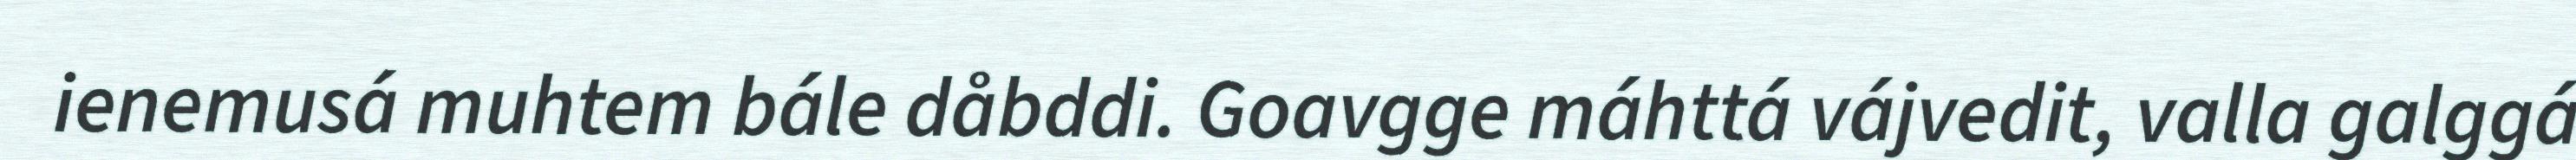
ienemusá muhtem bále dåbddi. Goavgge máhttá vájvedit, valla galggá